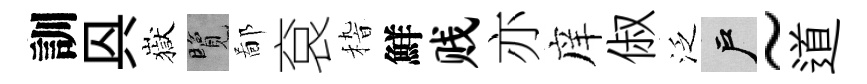
訓㒷嶽覽鄙袞𥟵鮮贱亦庠俶泛户~道